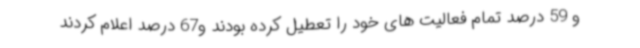
و 59 درصد تمام فعالیت های خود را تعطیل کرده بودند و67 درصد اعلام کردند